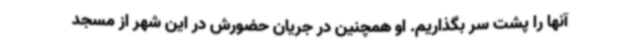
آنها را پشت سر بگذاریم. او همچنین در جریان حضورش در این شهر از مسجد